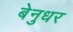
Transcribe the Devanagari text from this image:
बेनुधर